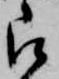
被